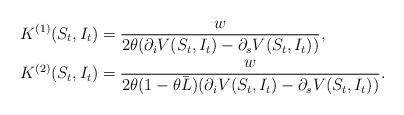
LaTeX: \begin{align*}K^{(1)}(S_t, I_t) &= \frac{w}{2\theta(\partial_i V(S_t, I_t) - \partial_s V(S_t, I_t))}, \\K^{(2)}(S_t, I_t) &= \frac{w}{2\theta(1-\theta \bar L)(\partial_i V(S_t, I_t) - \partial_s V(S_t, I_t))}.\end{align*}